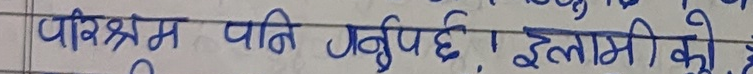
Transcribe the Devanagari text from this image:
परिश्रम पनि गर्नुपर्छ । इस्लामीको है